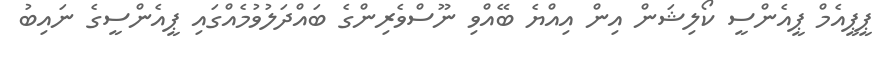
ޕީޕީއެމް ޕީއެންސީ ކޯލިޝަން އިން އިއްޔެ ބޭއްވި ނޫސްވެރިންގެ ބައްދަލުވުމެއްގައި ޕީއެންސީގެ ނައިބު